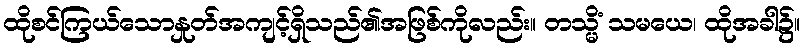
ထိုစင်ကြယ်သောနှုတ်အကျင့်ရှိသည်၏အဖြစ်ကိုလည်း။ တသ္မိံ သမယေ၊ ထိုအခါ၌။